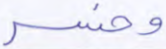
وخسر